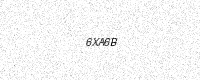
Text: 6XA6B